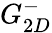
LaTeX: G_{2D}^{-}